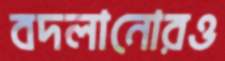
বদলানোরও